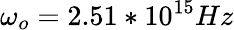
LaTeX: \omega_{o}=2.51*10^{15}Hz